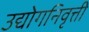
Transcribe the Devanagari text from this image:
उद्योगनिवृत्ती